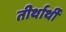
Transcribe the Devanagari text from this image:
तीर्थार्थी